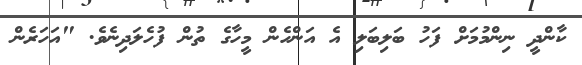
ކާންދީ ނިންމުމަށް ފަހު ބަލިބަލި އެ އަންހެން މީހާގެ ތުން ފުހެލަދިނެވެ. "އަހަރެން